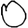
Digit: 0